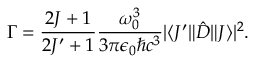
\Gamma = \frac { 2 J + 1 } { 2 J ^ { \prime } + 1 } \frac { \omega _ { 0 } ^ { 3 } } { 3 \pi \epsilon _ { 0 } \hbar c ^ { 3 } } | \langle J ^ { \prime } \| \hat { D } \| J \rangle | ^ { 2 } .